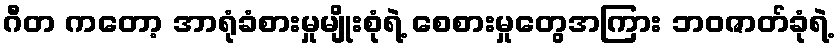
ဂီတ ကတော့ အာရုံခံစားမှုမျိုးစုံရဲ့ စေစားမှုတွေအကြား ဘဝဇာတ်ခုံရဲ့